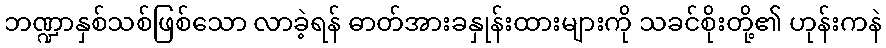
ဘဏ္ဍာနှစ်သစ်ဖြစ်သော လာခဲ့ရန် ဓာတ်အားခနှုန်းထားများကို သခင်စိုးတို့၏ ဟုန်းကနဲ